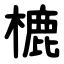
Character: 樚